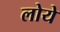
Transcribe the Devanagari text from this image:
लोये